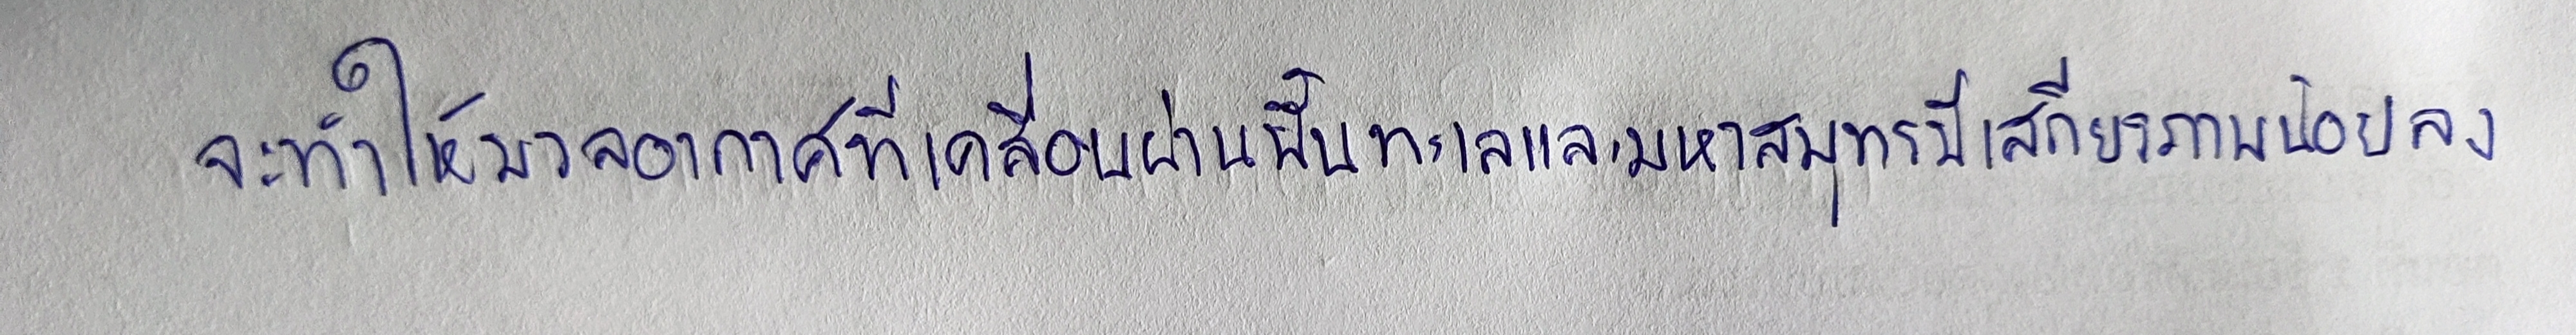
จะทำให้มวลอากาศที่เคลื่อนผ่านพื้นทะเลและมหาสมุทรมีเสถียรภาพน้อยลง